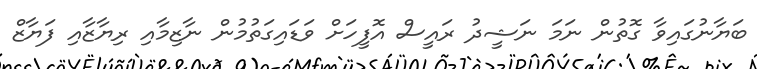
ބަޔާނުގައިވާ ގޮތުން ނަމަ ނަޝީދު ރައީސް އޮފީހަށް ވަޑައިގަތުމުން ނާޒިމާއި ރިޔާޒާއި ފަޔާޒް